Indian journal of veterinary science and animal husbandry - Volume 8,
Year: 1938
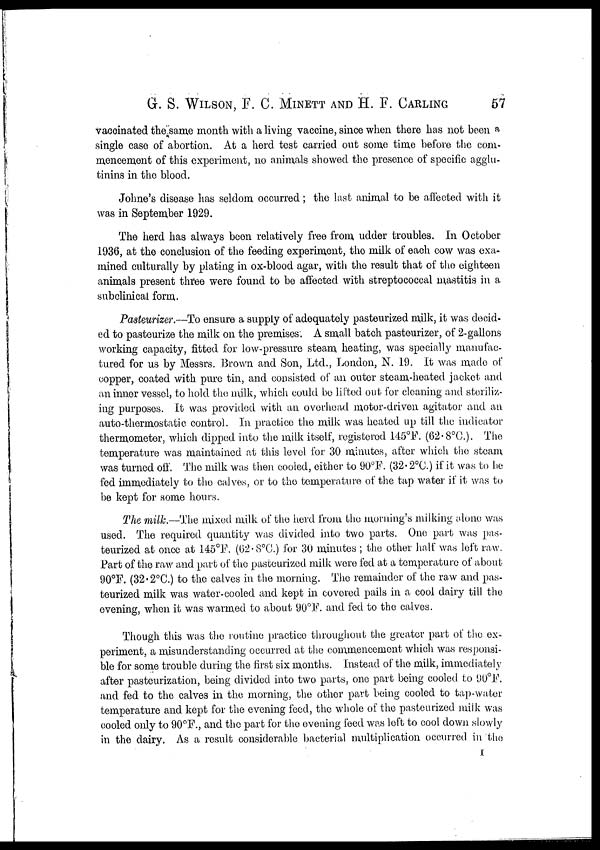
G. S. WILSON, F. C. MINETT AND H. F. CARLING 57
vaccinated the same month with a living vaccine, since when there has not been a
single case of abortion. At a herd test carried out some time before the com-
mencement of this experiment, no animals showed the presence of specific agglu-
tinins in the blood.
Johne's disease has seldom occurred; the last animal to be affected with it
was in September 1929.
The herd has always been relatively free from udder troubles. In October
1936, at the conclusion of the feeding experiment, the milk of each cow was exa-
mined culturally by plating in ox-blood agar, with the result that of the eighteen
animals present three were found to be affected with streptococcal mastitis in a
subclinical form.
Pasteurizer.—To ensure a supply of adequately pasteurized milk, it was decid-
ed to pasteurize the milk on the premises; A small batch pasteurizer, of 2-gallons
working capacity, fitted for low-pressure steam heating, was specially manufac-
tured for us by Messrs. Brown and Son, Ltd., London, N. 19. It was made of
copper, coated with pure tin, and consisted of an outer steam-heated jacket and
an inner vessel, to hold the milk, which could be lifted out for cleaning and steriliz-
ing purposes. It was provided with an overhead motor-driven agitator and an
auto-thermostatic control. In practice the milk was heated up till the indicator
thermometer, which dipped into the milk itself, registered 145°F. (62.8°C.). The
temperature was maintained at this level for 30 minutes, after which the steam
was turned off. The milk was then cooled, either to 90°F. (32. 2°C.) if it was to be
fed immediately to the calves, or to the temperature of the tap water if it was to
be kept for some hours.
The milk.—The mixed milk of the herd from the morning's milking alone was
used. The required quantity was divided into two parts. One part was pas-
teurized at once at 145°F. (62.8°C.) for 30 minutes ; the other half was left raw.
Part of the raw and part of the pasteurized milk were fed at a temperature of about
90°F. (32.2°C.) to the calves in the morning. The remainder of the raw and pas-
teurized milk was water-cooled and kept in covered pails in a cool dairy till the
evening, when it was warmed to about 90°F. and fed to the calves.
Though this was the routine practice throughout the greater part of the ex-
periment, a misunderstanding occurred at the commencement which was responsi-
ble for some trouble during the first six months. Instead of the milk, immediately
after pasteurization, being divided into two parts, one part being cooled to 90°F.
and fed to the calves in the morning, the other part being cooled to tap-water
temperature and kept for the evening feed, the whole of the pasteurized milk was
cooled only to 90°F., and the part for the evening feed was left to cool down slowly
in the dairy. As a result considerable bacterial multiplication occurred in the
I